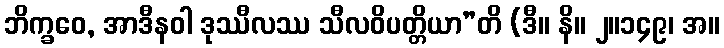
ဘိက္ခဝေ, အာဒီနဝါ ဒုဿီလဿ သီလဝိပတ္တိယာ”တိ (ဒီ။ နိ။ ၂။၁၄၉၊ အ။